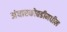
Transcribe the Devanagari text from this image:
अंधारकोठडीमधील